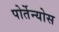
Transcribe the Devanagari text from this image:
पोर्तेन्योस